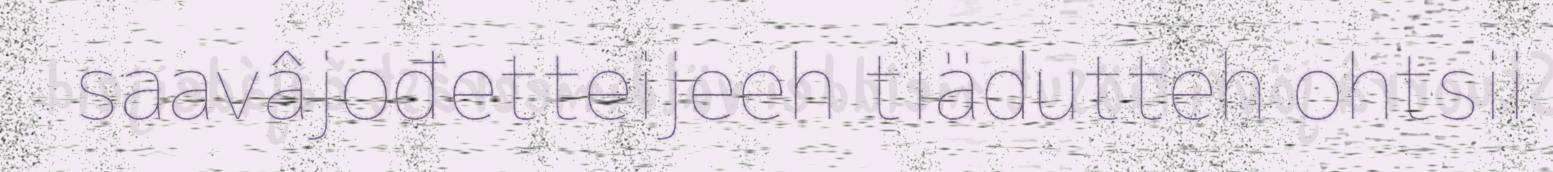
saavâjođetteijeeh tiädutteh ohtsii